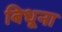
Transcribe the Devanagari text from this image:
बिधूना